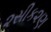
૨સીક૨ણ